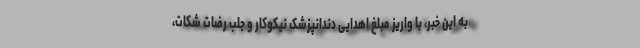
به این خبر، با واریز مبلغ اهدایی دندانپزشک نیکوکار و جلب رضات شکات،